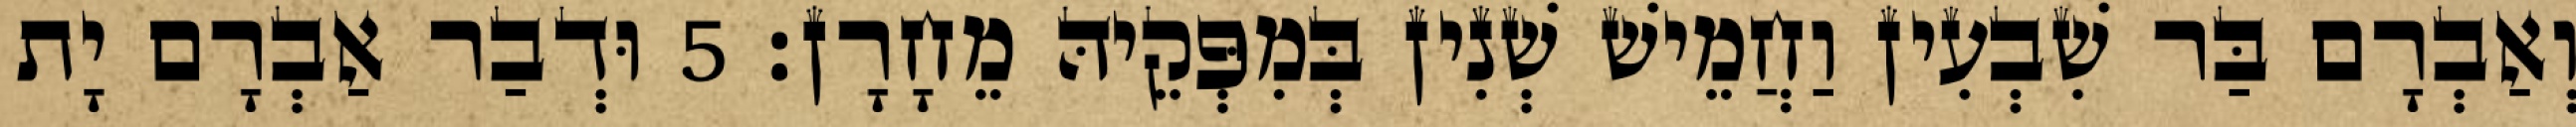
וְאַבְרָם בַּר שִׁבְעִין וַחֲמֵישׁ שְׁנִין בְּמִפְּקֵיהּ מֵחָרָן׃ 5 וּדְבַר אַבְרָם יָת